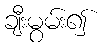
ချီးမွမ်း၍